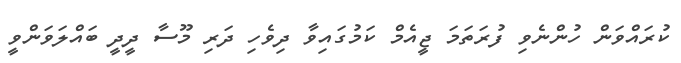
ކުރައްވަން ހުންނެވި ފުރަތަމަ ޖީއެމް ކަމުގައިވާ ދިވެހި ދަރި މޫސާ ދީދީ ބައްލަވަންވީ